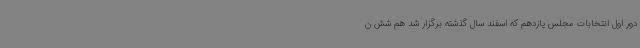
دور اول انتخابات مجلس یازدهم که اسفند سال گذشته برگزار شد هم شش ن